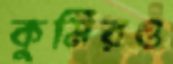
কুমিরও